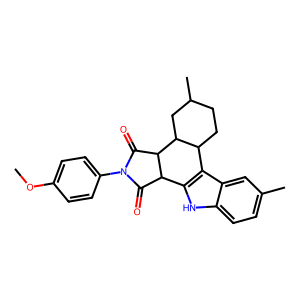
SMILES: COc1ccc(N2C(=O)C3c4[nH]c5ccc(C)cc5c4C4CCC(C)CC4C3C2=O)cc1
Inhibits HIV replication: No